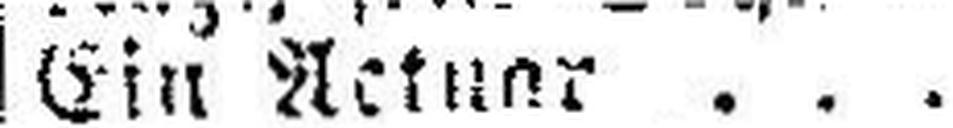
Ein Actuar